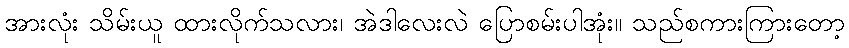
အားလုံး သိမ်းယူ ထားလိုက်သလား၊ အဲဒါလေးလဲ ပြောစမ်းပါအုံး။ သည်စကားကြားတော့